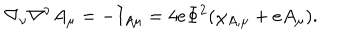
LaTeX: \nabla _ { \nu } \nabla ^ { \nu } A _ { \mu } = - I _ { A \mu } = 4 e \Phi ^ { 2 } ( \chi _ { A , \mu } + e A _ { \mu } ) .